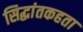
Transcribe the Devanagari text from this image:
सिद्धांतकहता